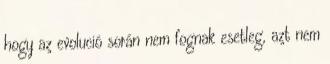
hogy az evolució során nem fognak esetleg, azt nem